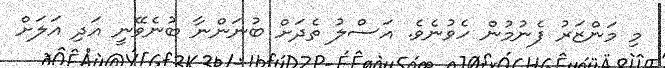
މި މަންޒަރު ފެނުމުން ހެވުނެވެ. އަސްލު ތެދަށް ބުނަންނާ ބުނެވޭނީ އަދި އަލަށް